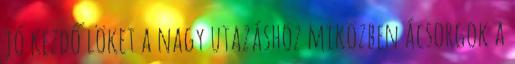
jó kezdő löket a nagy utazáshoz miközben ácsorgok a